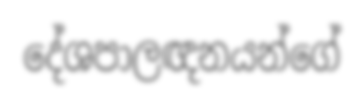
දේශපාලඥනයන්ගේ